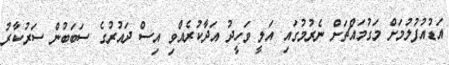
އަޑުއުފުލުމަށް މަގުމައްޗަށް ނެރުމުގައި އަލީ ވަހީދު އަދާކުރެއްވި އިސް ދައުރުގެ ސަބަބުން ސަރުކާރު